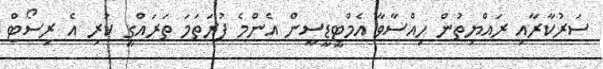
ސަރުކާރާއި ރައްޔިތުން ހިއްސާވާ އެމްޓީޑީސީން އެންމެ ފުރަތަމަ ތަރައްގީ ކުރި އެ ރިސޯޓް